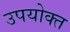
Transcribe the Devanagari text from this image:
उपयोक्त